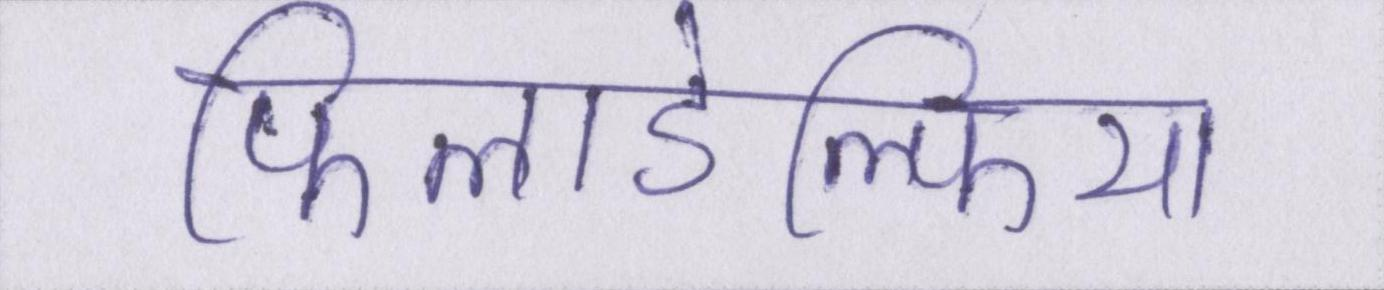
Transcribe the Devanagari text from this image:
फिलाडेल्फिया